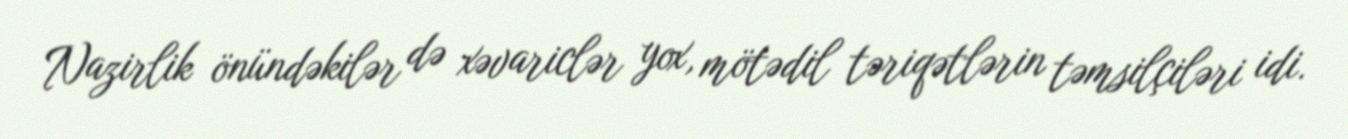
Nazirlik önündəkilər də xəvariclər yox, mötədil təriqətlərin təmsilçiləri idi.